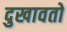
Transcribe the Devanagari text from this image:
दुखावतो